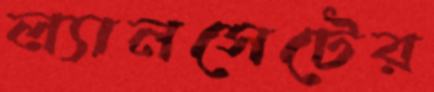
ল্যানসেটের